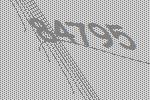
84795